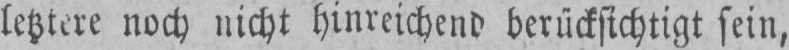
letztere noch nicht hinreichend berücksichtigt sein,